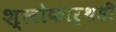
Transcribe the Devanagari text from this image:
श्लोकार्थही